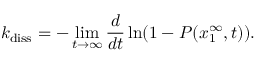
k _ { \mathrm { d i s s } } = - \operatorname* { l i m } _ { t \rightarrow \infty } \frac { d } { d t } \ln ( 1 - P ( x _ { 1 } ^ { \infty } , t ) ) .